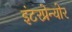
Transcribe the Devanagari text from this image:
इंटरप्रेन्योर